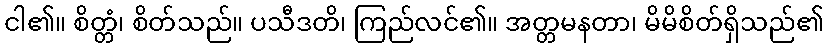
ငါ၏။ စိတ္တံ၊ စိတ်သည်။ ပသီဒတိ၊ ကြည်လင်၏။ အတ္တမနတာ၊ မိမိစိတ်ရှိသည်၏